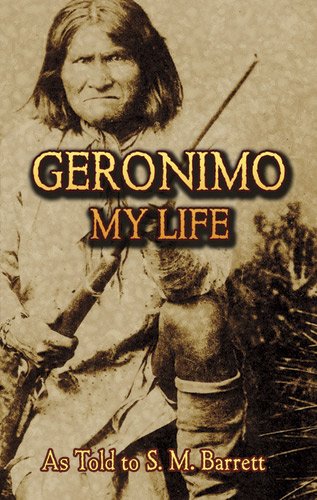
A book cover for Geronimo: My Life (Native American); Geronimo; Biographies & Memoirs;